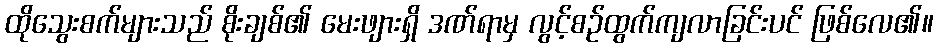
ထိုသွေးစက်များသည် စိုးချစ်၏ မေးဖျားရှိ ဒဏ်ရာမှ လွင့်စဉ်ထွက်ကျလာခြင်းပင် ဖြစ်လေ၏။